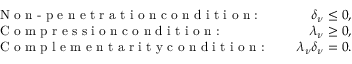
\begin{array} { r l r } & { \textrm { N o n - p e n e t r a t i o n c o n d i t i o n : } \quad } & { \delta _ { \nu } \leq 0 , } \\ & { \textrm { C o m p r e s s i o n c o n d i t i o n : } \quad } & { \lambda _ { \nu } \geq 0 , } \\ & { \textrm { C o m p l e m e n t a r i t y c o n d i t i o n : } \quad } & { \lambda _ { \nu } \delta _ { \nu } = 0 . } \end{array}